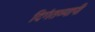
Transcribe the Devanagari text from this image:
दिगंतव्यापी